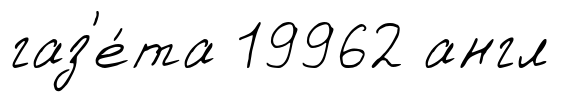
газ'е́та 19962 англ